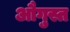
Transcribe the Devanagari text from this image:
औगुस्त